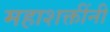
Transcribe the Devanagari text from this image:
महाशक्तींनी